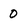
Character: 0